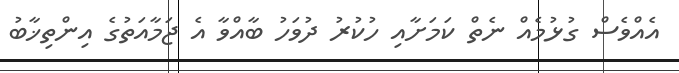
އެއްވެސް ގުޅުމެއް ނެތް ކަމަށާއި ހުކުރު ދުވަހު ބާއްވާ އެ ޖަމާއަތުގެ އިންތިޚާބު